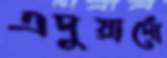
এদুয়ার্দো